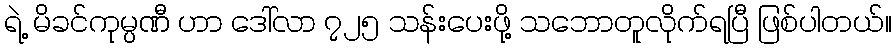
ရဲ့ မိခင်ကုမ္ပဏီ ဟာ ဒေါ်လာ ၇၂၅ သန်းပေးဖို့ သဘောတူလိုက်ရပြီ ဖြစ်ပါတယ်။